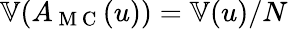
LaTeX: \mathbb{V}(A_{\mathrm{~M~C~}}(u))=\mathbb{V}(u)/N